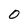
Character: 0